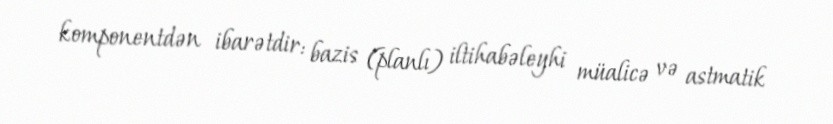
komponentdən ibarətdir: bazis (planlı) iltihabəleyhi müalicə və astmatik